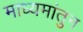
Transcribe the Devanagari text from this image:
माध्यमांतुन